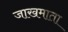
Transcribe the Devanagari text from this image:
जाखमाता